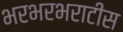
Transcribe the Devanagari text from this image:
भरभरभराटीस